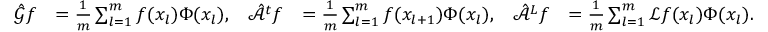
\begin{array} { r l r l r l } { \hat { \mathcal { G } } f } & { = \frac { 1 } { m } \sum _ { l = 1 } ^ { m } f ( x _ { l } ) \Phi ( x _ { l } ) , } & { \hat { \mathcal { A } } ^ { t } f } & { = \frac { 1 } { m } \sum _ { l = 1 } ^ { m } f ( x _ { l + 1 } ) \Phi ( x _ { l } ) , } & { \hat { \mathcal { A } } ^ { L } f } & { = \frac { 1 } { m } \sum _ { l = 1 } ^ { m } \mathcal { L } f ( x _ { l } ) \Phi ( x _ { l } ) . } \end{array}